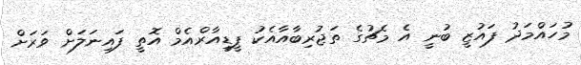
މުހައްމަދު ފައުޒީ ބުނީ އެ މެޗުގެ ތަޖުރިބާއާއެކު ޕީޑީއާރްއެމް އޮތީ ފައިނަލަށް ވަރަށް